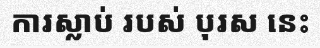
ការស្លាប់ របស់ បុរស នេះ